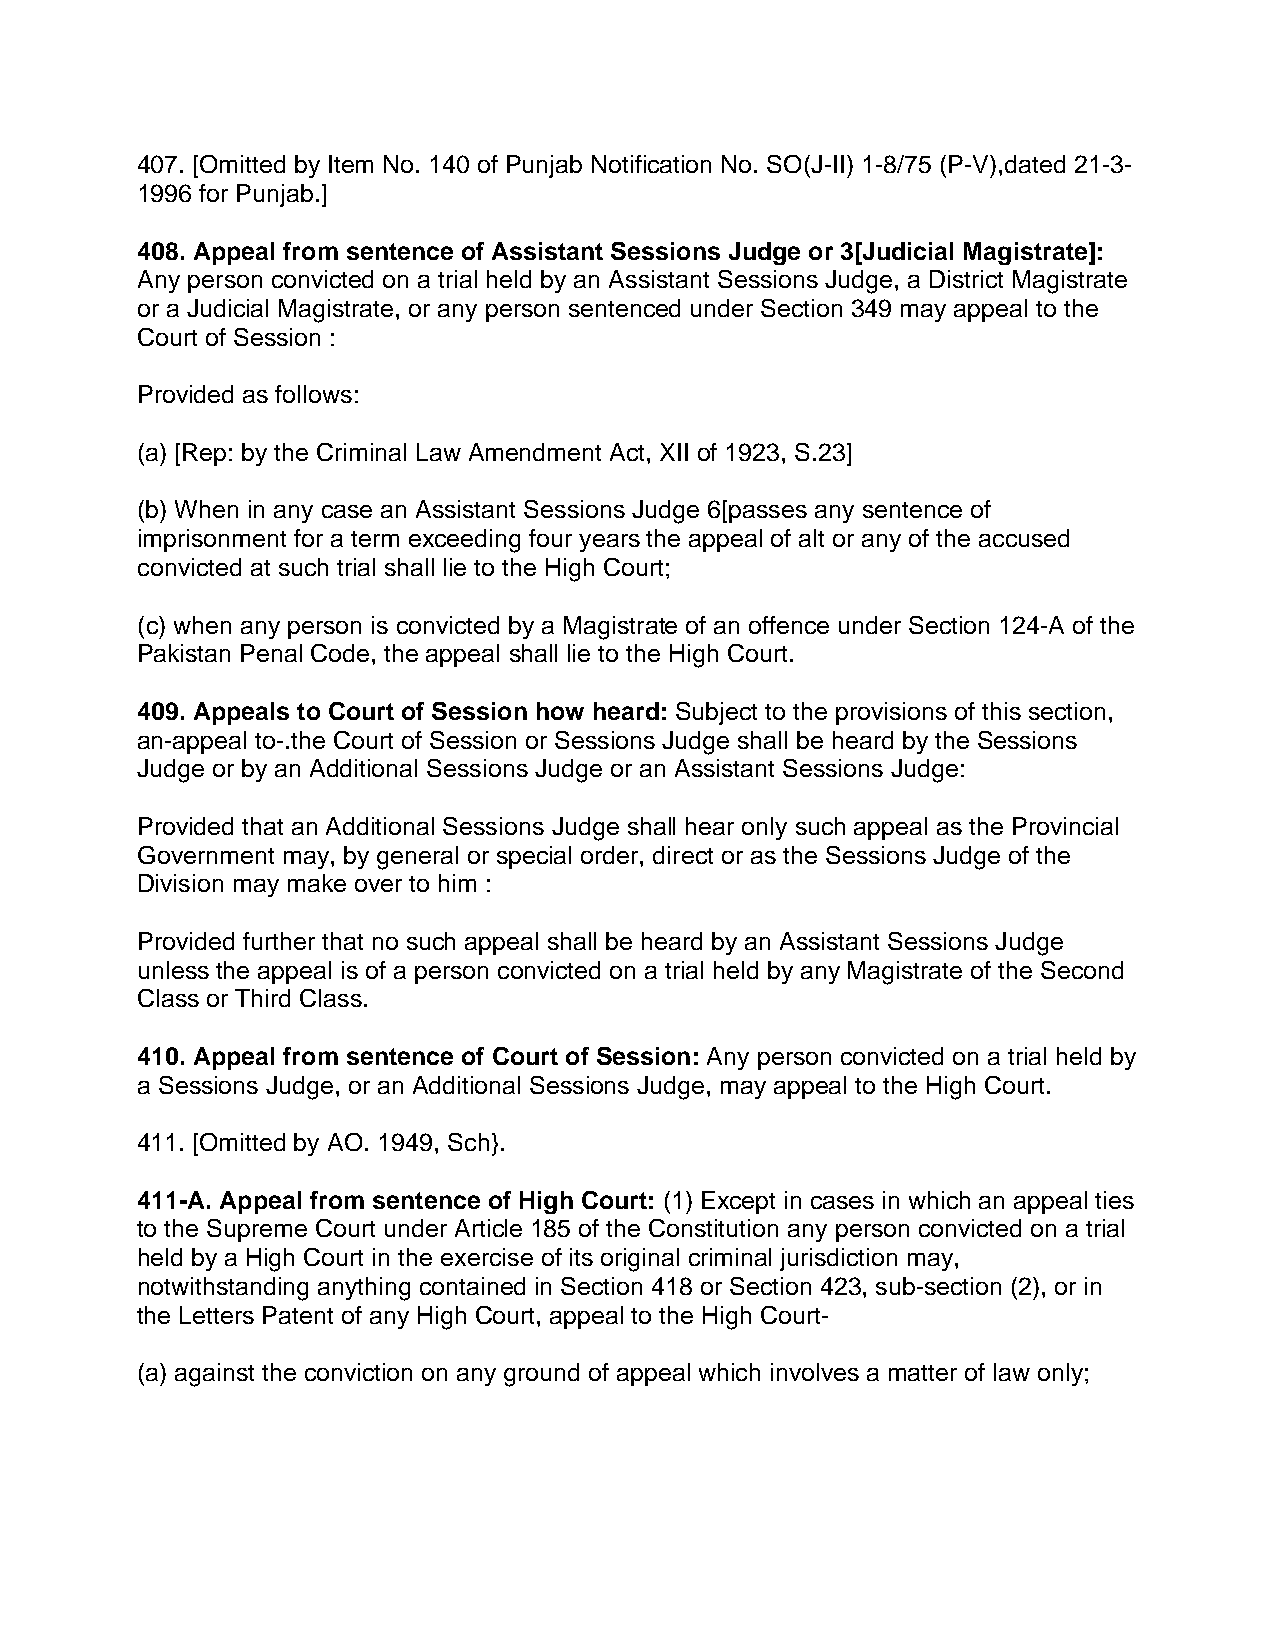
407. [Omitted by Item No. 140 of Punjab Notification No. SO(J-II) 1-8/75 (P-V),dated 21-3-
 1996 for Punjab.]
 408. Appeal from sentence of Assistant Sessions Judge or 3[Judicial Magistrate]:
 Any person convicted on a trial held by an Assistant Sessions Judge, a District Magistrate
 or a Judicial Magistrate, or any person sentenced under Section 349 may appeal to the
 Court of Session :
 Provided as follows:
 (a) [Rep: by the Criminal Law Amendment Act, XII of 1923, S.23]
 (b) When in any case an Assistant Sessions Judge 6[passes any sentence of
 imprisonment for a term exceeding four years the appeal of alt or any of the accused
 convicted at such trial shall lie to the High Court;
 (c) when any person is convicted by a Magistrate of an offence under Section 124-A of the
 Pakistan Penal Code, the appeal shall lie to the High Court.
 409. Appeals to Court of Session how heard: Subject to the provisions of this section,
 an-appeal to-.the Court of Session or Sessions Judge shall be heard by the Sessions
 Judge or by an Additional Sessions Judge or an Assistant Sessions Judge:
 Provided that an Additional Sessions Judge shall hear only such appeal as the Provincial
 Government may, by general or special order, direct or as the Sessions Judge of the
 Division may make over to him :
 Provided further that no such appeal shall be heard by an Assistant Sessions Judge
 unless the appeal is of a person convicted on a trial held by any Magistrate of the Second
 Class or Third Class.
 410. Appeal from sentence of Court of Session: Any person convicted on a trial held by
 a Sessions Judge, or an Additional Sessions Judge, may appeal to the High Court.
 411. [Omitted by AO. 1949, Sch}.
 411-A. Appeal from sentence of High Court: (1) Except in cases in which an appeal ties
 to the Supreme Court under Article 185 of the Constitution any person convicted on a trial
 held by a High Court in the exercise of its original criminal jurisdiction may,
 notwithstanding anything contained in Section 418 or Section 423, sub-section (2), or in
 the Letters Patent of any High Court, appeal to the High Court-
 (a) against the conviction on any ground of appeal which involves a matter of law only;